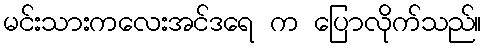
မင်းသားကလေးအင်ဒရေ က ပြောလိုက်သည်။